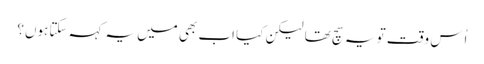
اُس وقت تو یہ سچ تھا لیکن کیا اب بھی میں یہ کہہ سکتا ہوں؟